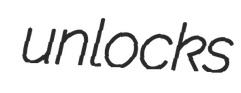
unlocks